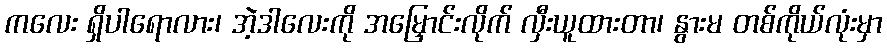
ကလေး ရှိပါရောလား၊ အဲ့ဒါလေးကို အမြှောင်းလိုက် လှီးယူထားတာ၊ နွားမ တစ်ကိုယ်လုံးမှာ